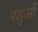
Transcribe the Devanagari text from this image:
पशुऒं